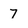
Character: 7